Indian journal of veterinary science and animal husbandry - Volumes 15-17, 1948-1951
Year: 1948
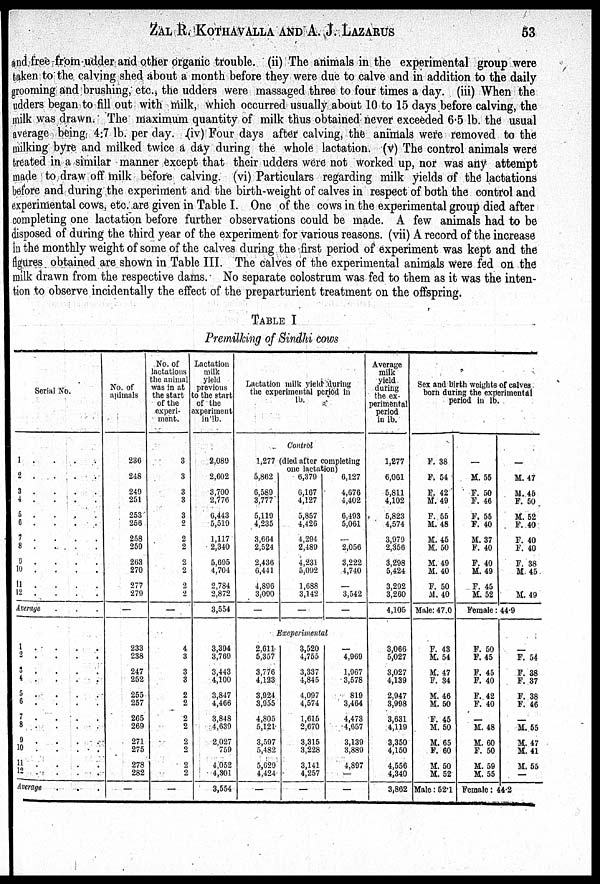
ZAL R. KOTHAVALLA AND A. J. LAZARUS 53
and free from udder and other organic trouble. (ii) The animals in the experimental group were
taken to the calving shed about a month before they were due to calve and in addition to the daily
grooming and brushing, etc., the udders were massaged three to four times a day. (iii) When the
udders began to fill out with milk, which occurred usually about 10 to 15 days before calving, the
milk was drawn. The maximum quantity of milk thus obtained never exceeded 6.5 lb. the usual
average being 4.7 lb. per day. (iv) Four days after calving, the animals were removed to the
milking byre and milked twice a day during the whole lactation. (v) The control animals were
treated in a similar manner except that their udders were not worked up, nor was any attempt
made to draw off milk before calving. (vi) Particulars regarding milk yields of the lactations
before and during the experiment and the birth-weight of calves in respect of both the control and
experimental cows, etc. are given in Table I. One of the cows in the experimental group died after
completing one lactation before further observations could be made. A few animals had to be
disposed of during the third year of the experiment for various reasons. (vii) A record of the increase
in the monthly weight of some of the calves during the first period of experiment was kept and the
figures obtained are shown in Table III. The calves of the experimental animals were fed on the
milk drawn from the respective dams. No separate colostrum was fed to them as it was the inten-
tion to observe incidentally the effect of the preparturient treatment on the offspring.
TABLE I
Premilking of Sindhi cows
Serial No.
1 . . . .
2 . . . .
3 . . . .
4 . . . .
5 . . . .
6 . . . .
7 . . . .
8 . . . .
9 . . . .
10 . . . .
11 . . . .
12 . . . .
Average
1 . . . .
2 . . . .
3 . . . .
4 . . . .
5 . . . .
6 . . . .
7 . . . .
8 . . . .
9 . . . .
10 . . . .
11 . . . .
12 . . . .
Average
No. of
animals
236
248
249
251
253
256
258
259
263
270
277
279
—
233
238
247
252
255
257
265
269
271
275
278
282
—
No. of
lactations
the animal
was in at
the start
of the
experi-
ment.
3
3
3
3
3
2
2
2
2
2
2
2
—
4
3
3
3
2
2
2
2
2
2
2
2
—
Lactation
milk
yield
previous
to the start
of the
experiment
in lb.
2,089
2,602
3,700
2,776
6,443
5,519
1,117
2,340
5,695
4,704
2,784
2,872
3,554
3,394
3,769
3,443
4,100
3,847
4,466
3,848
4,639
2,027
759
4,052
4,301
3,554
Lactation milk yield duering
the experimental period in
lb.
1,277
Control
died after completing
one lactation)
5,862
6,589
3,777
5,119
4,235
3,664
2,524
2,436
6,441
4,896
3,090
—
6,379
6,167
4,127
5,857
4,426
4,294
2,489
4,231
5,092
1,688
3,142
—
6,127
4,676
4,402
6,493
5,061
—
2,056
3,222
4,740
—
3,542
—
Exeperimental
2,611
5,357
3,776
4,123
3,924
3,955
4,805
5,121
3,597
5,482
5,629
4,424
—
3,520
4,755
3,337
4,845
4,097
4,574
1,615
2,670
3,315
3,228
3,141
4,257
—
—
4,969
1,967
3,578
819
3,464
4,473
4,657
3,139
3,889
4,897
—
—
Average
milk
yield
during
the ex-
perimental
period
in lb.
1,277
6,961
5,811
4,102
5,823
4,574
3,979
2,356
3,298
5,424
3,292
3,260
4,105
3,066
5,027
3,027
4,139
2,947
3,998
3,631
4,119
3,350
4,150
4,556
4,340
3,862
Sex and birth weights of calves
born during the experimental
period in lb.
F. 38
F. 54
F. 42
M. 49
F. 55
M. 48
M. 45
M. 50
M. 49
M. 40
F. 50
M. 40
Male: 47.0
F. 43
M. 54
M. 47
F. 34
M. 46
M. 50
F. 45
M. 50
M. 65
F. 60
M. 50
M. 52
Male:52.1
—
M. 55
F. 50
F. 46
F. 55
F. 40
M. 37
F. 40
F. 40
M. 49
F. 45
M. 52
Female:
F. 50
F. 45
F. 45
F. 40
F. 42
F. 40
—
M. 48
M. 60
F. 50
M. 59
M. 55
Female:
—
M. 47
M. 45
F. 50
M. 52
F. 40
F. 40
F. 40
F. 38
M 45
M. 49
44.9
—
F. 54
F. 38
F. 37
F. 38
F. 46
—
M. 55
M. 47
M. 41
M. 55
—
44.2